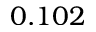
0 . 1 0 2